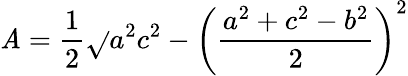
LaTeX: \mathit{A}={\frac{{1}}{{2}}}{\sqrt{}{{a^{2}c^{2}-\left({\frac{{a^{2}+c^{2}-b^{2}}}{{2}}}\right)^{2}}}}